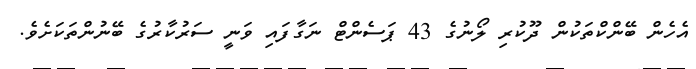
އެހެން ބޭންކްތަކުން ދޫކުރި ލޯނުގެ 43 ޕަސެންޓް ނަގާފައި ވަނީ ސަރުކާރުގެ ބޭނުންތަކަށެވެ.